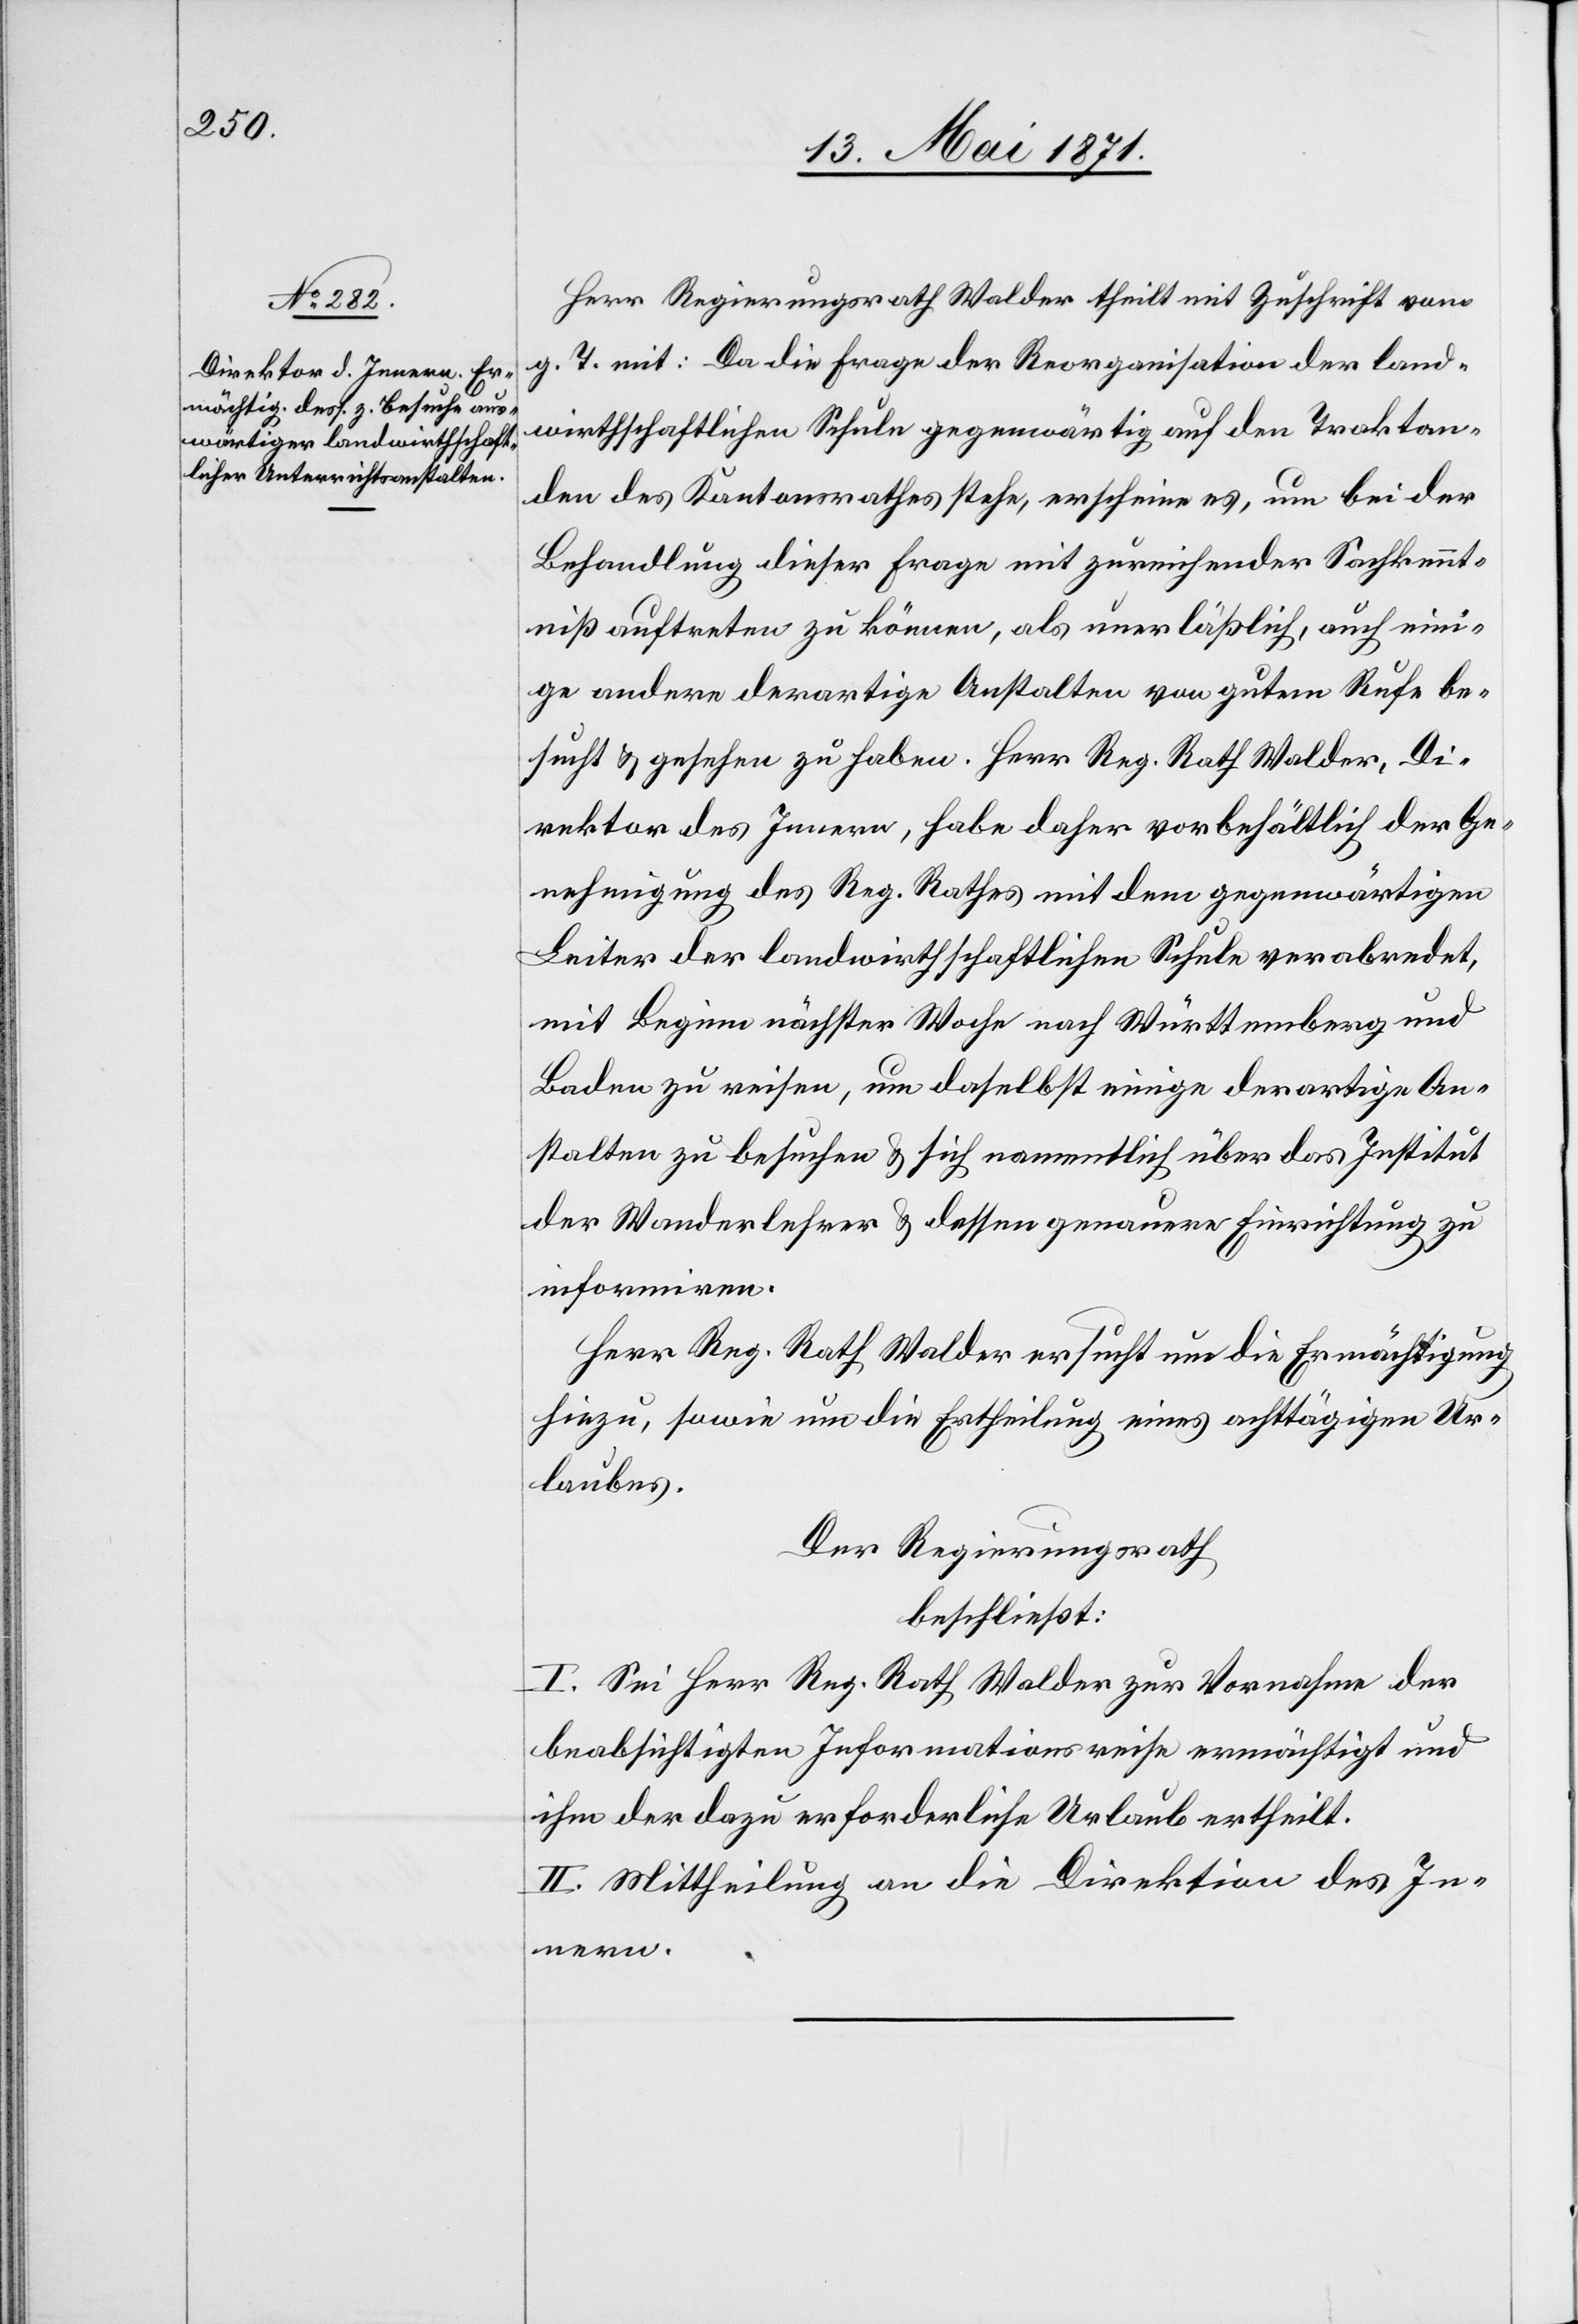
Herr Regierungsrath Walder theilt mit Zuschrift vom
g. T. mit: Da die Frage der Reorganisation der land¬
wirthschaftlichen Schule gegenwärtig auf den Traktan¬
den des Kantonsrathes stehe, erscheine es , um bei der
Behandlung dieser Frage mit zureichender Sachkennt¬
niß auftreten zu können, als unerläßlich, auch eini¬
ge andere derartige Anstalten von gutem Rufe be¬
sucht u. gesehen zu haben. Herr Reg. Rath. Walder, Di¬
rektor des Innern, habe daher vorbehältlich der Ge¬
nehmigung des Reg. Rathes mit dem gegenwärtigen
Leiter der landwirthschaftlichen Schule verabredet,
mit Beginn nächster Woche nach Württemberg und
Baden zu reisen, um daselbst einige derartige An¬
stalten zu besuchen u. sich namentlich über das Institut
der Wanderlehrer u. dessen genauere Einrichtung zu
informiren.
Herr Reg. Rath Walder ersucht um die Ermächtigung
hiezu, sowie um die Ertheilung eines achttägigen Ur¬
laubes.
Der Regierungsrath
beschließt:
I. Sei Herr Reg. Rath Walder zur Vornahme der
beabsichtigten Informationsweise ermächtigt und
ihm der dazu erforderliche Urlaub ertheilt.
II. Mittheilung an die Direktion des In¬
nern.